Report on vaccination North-West Frontier Province 1904-1922 - 1904-1922
Year: 1904
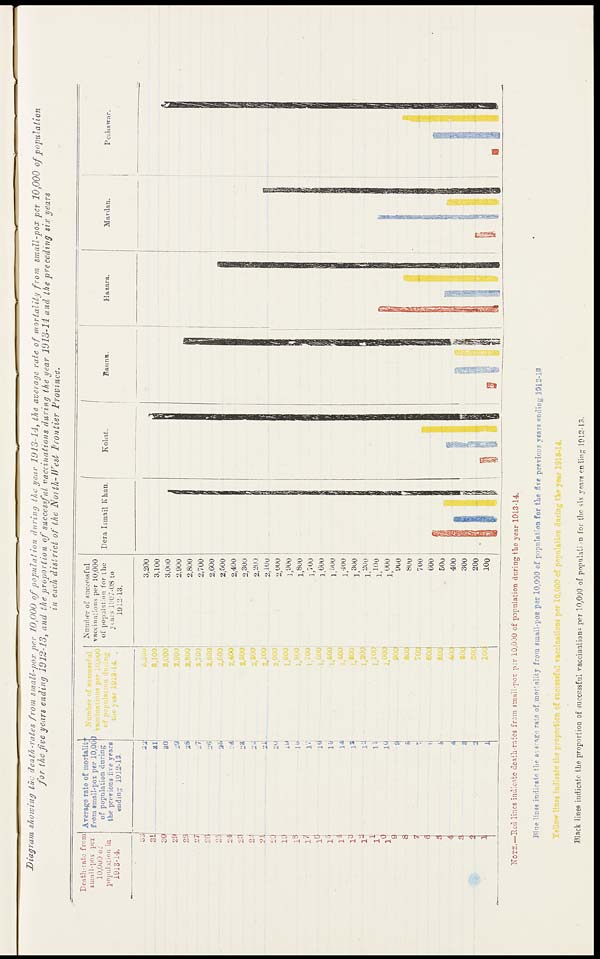
Diagram showing the death-rates from small-pox per 10,000 of population
during the year 1913-14, the average rate of mortality from small-pox per 10,000 of population
for the five years ending 1912-13, and the proportion
of successful vaccinations during the year 1913-14 and the preceding six years
in each district of the North-West
Frontier
Province.